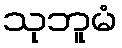
သုဘူမံ